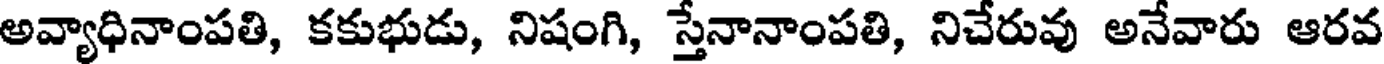
అవ్యాధినాంపతి, కకుభుడు, నిషంగి, స్తేనానాంపతి, నిచేరువు అనేవారు ఆరవ